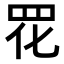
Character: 𫅁